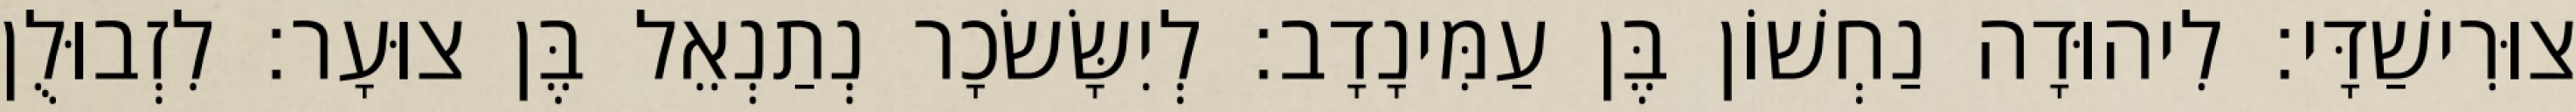
צוּרִישַׁדָּי׃ לִיהוּדָה נַחְשׁוֹן בֶּן עַמִּינָדָב׃ לְיִשָּׂשׂכָר נְתַנְאֵל בֶּן צוּעָר׃ לִזְבוּלֻן